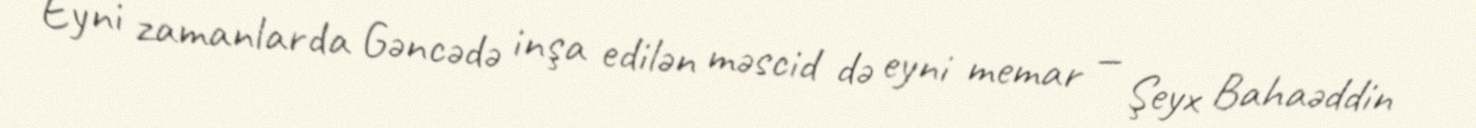
Eyni zamanlarda Gəncədə inşa edilən məscid də eyni memar — Şeyx Bahaəddin